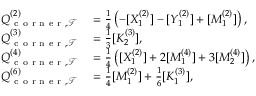
\begin{array} { r l } { Q _ { \mathrm { ~ c ~ o ~ r ~ n ~ e ~ r ~ } , \mathcal { T } } ^ { ( 2 ) } } & { { } = \frac { 1 } { 4 } \left( - [ X _ { 1 } ^ { ( 2 ) } ] - [ Y _ { 1 } ^ { ( 2 ) } ] + [ M _ { 1 } ^ { ( 2 ) } ] \right) , } \\ { Q _ { \mathrm { ~ c ~ o ~ r ~ n ~ e ~ r ~ } , \mathcal { T } } ^ { ( 3 ) } } & { { } = \frac { 1 } { 3 } [ K _ { 2 } ^ { ( 3 ) } ] , } \\ { Q _ { \mathrm { ~ c ~ o ~ r ~ n ~ e ~ r ~ } , \mathcal { T } } ^ { ( 4 ) } } & { { } = \frac { 1 } { 4 } \left( [ X _ { 1 } ^ { ( 2 ) } ] + 2 [ M _ { 1 } ^ { ( 4 ) } ] + 3 [ M _ { 2 } ^ { ( 4 ) } ] \right) , } \\ { Q _ { \mathrm { ~ c ~ o ~ r ~ n ~ e ~ r ~ } , \mathcal { T } } ^ { ( 6 ) } } & { { } = \frac { 1 } { 4 } [ M _ { 1 } ^ { ( 2 ) } ] + \frac { 1 } { 6 } [ K _ { 1 } ^ { ( 3 ) } ] , } \end{array}